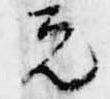
元